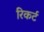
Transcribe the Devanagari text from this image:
रिकर्ट